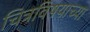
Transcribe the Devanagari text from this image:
चित्रविषयाच्या